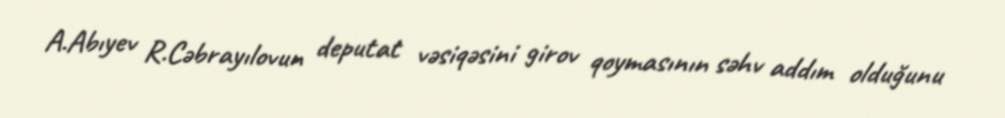
A.Abıyev R.Cəbrayılovun deputat vəsiqəsini girov qoymasının səhv addım olduğunu